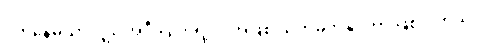
ပတ်နေမှသာလျှင် အဲဒီ ဂြိုဟ်ရဲ့ လအဖြစ် သတ်မှတ်နိုင်တာ ဖြစ်ပါတယ်။